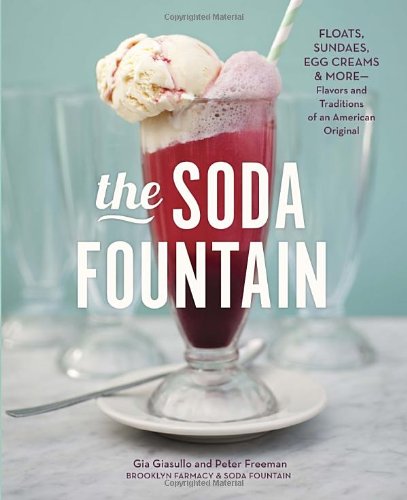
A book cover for The Soda Fountain: Floats, Sundaes, Egg Creams & More--Stories and Flavors of an American Original; Gia Giasullo; Cookbooks, Food & Wine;